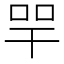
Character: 𢆔